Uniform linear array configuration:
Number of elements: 8
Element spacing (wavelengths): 0.75
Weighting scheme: hamming
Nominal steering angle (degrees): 60
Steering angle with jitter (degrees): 60.117
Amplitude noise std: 0.05
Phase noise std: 0.05

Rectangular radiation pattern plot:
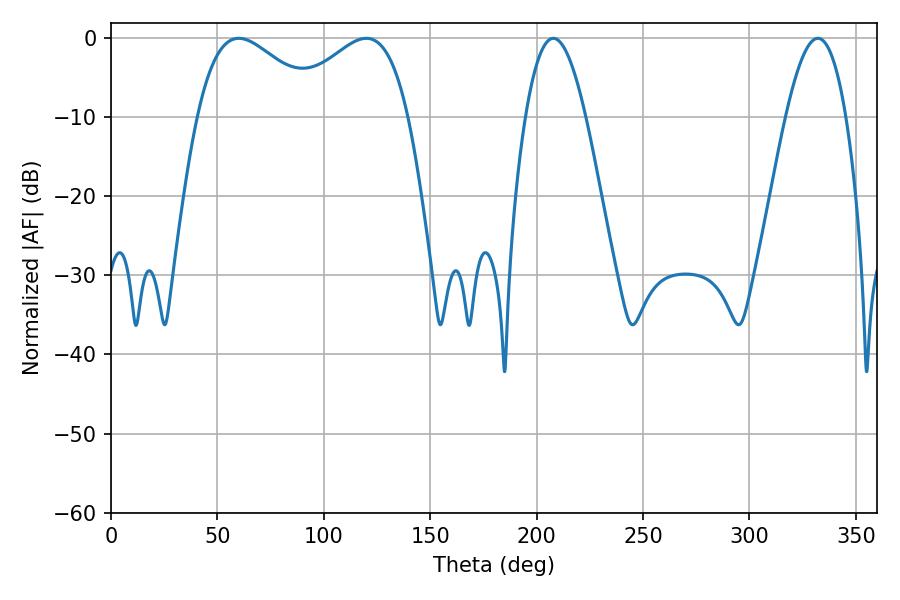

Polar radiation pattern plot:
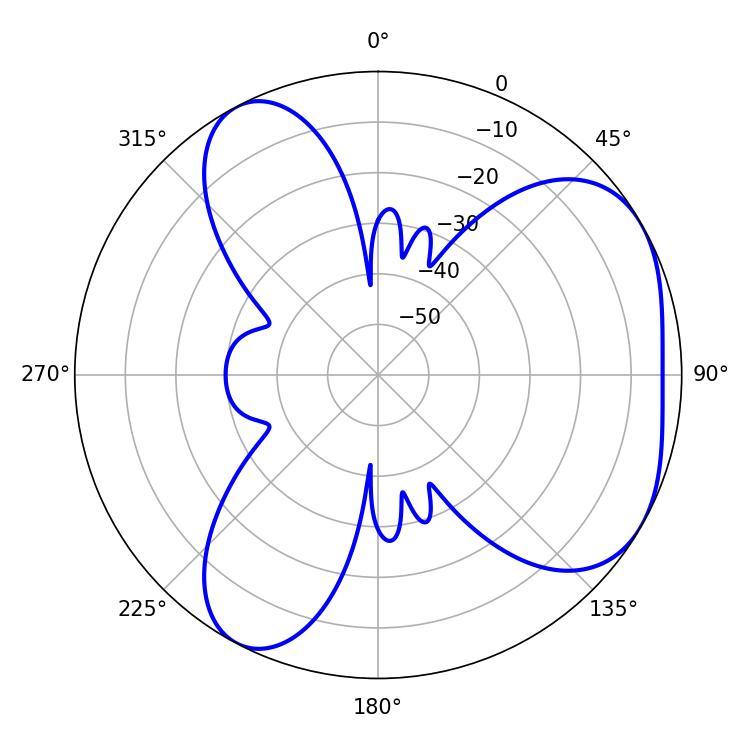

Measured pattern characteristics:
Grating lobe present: TRUE
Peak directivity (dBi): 4.489
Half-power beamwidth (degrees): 31.86
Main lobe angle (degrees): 60.12